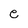
Character: e